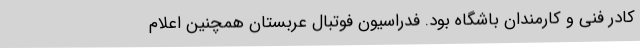
کادر فنی و کارمندان باشگاه بود. فدراسیون فوتبال عربستان همچنین اعلام